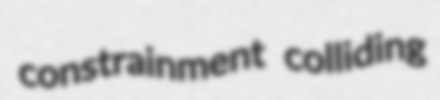
constrainment colliding